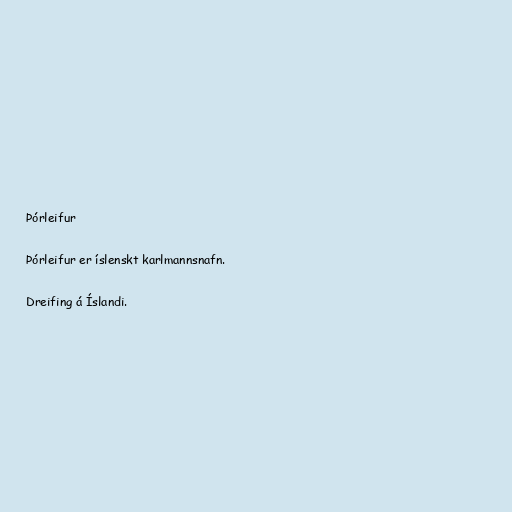
Þórleifur

Þórleifur er íslenskt karlmannsnafn.

Dreifing á Íslandi.